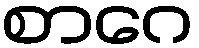
စာဂေ